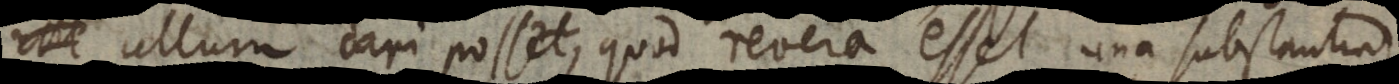
ullum dari posset, quod revera esset una substantia